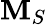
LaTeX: \mathbf{M}_{S}